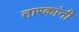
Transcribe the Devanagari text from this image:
तारकांनी